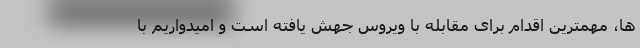
ها، مهمترین اقدام برای مقابله با ویروس جهش یافته است و امیدواریم با